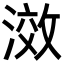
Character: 滧